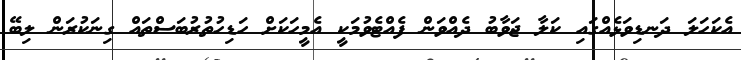
އެކަހަލަ ދަނޑިވަޅެއްގައި ކަލާ ޖަވާބު ދެއްވަން ފެއްޓެވުމަކީ އެމީހަކަށް ހަޑިހުތުރުބަސްތައް ގިނަކުރަން ލިބޭ